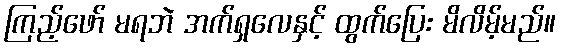
ကြည့်ဖော် မရဘဲ အက်ရှလေနှင့် ထွက်ပြေး မိလိမ့်မည်။